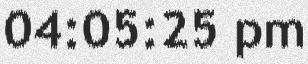
04:05:25 pm